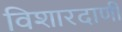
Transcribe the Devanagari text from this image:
विशारदाणी